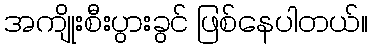
အကျိုးစီးပွားခွင် ဖြစ်နေပါတယ်။